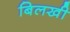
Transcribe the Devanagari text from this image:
बिलखी